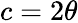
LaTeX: c=2\theta